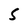
Character: S